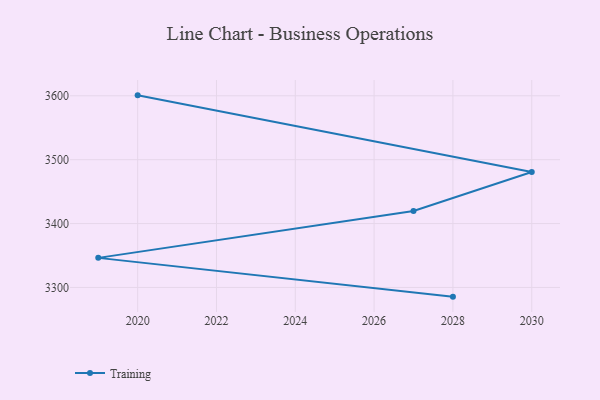
{"axis": {"x": "Year", "y": "Latency (ms)"}, "legend": ["Training"], "data": [{"x": "2028", "y": 3285.6, "type": "Training"}, {"x": "2019", "y": 3346.3, "type": "Training"}, {"x": "2027", "y": 3419.6, "type": "Training"}, {"x": "2030", "y": 3480.8, "type": "Training"}, {"x": "2020", "y": 3600.7, "type": "Training"}]}